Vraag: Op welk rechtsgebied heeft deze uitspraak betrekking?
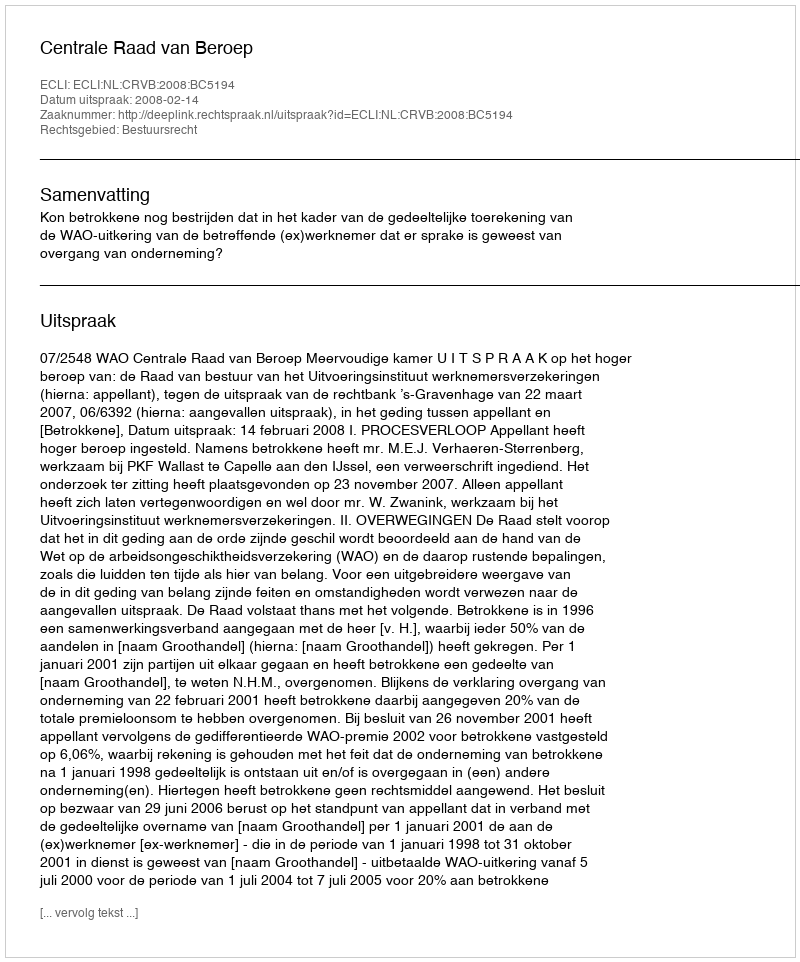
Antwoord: Bestuursrecht